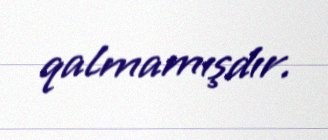
qalmamışdır.